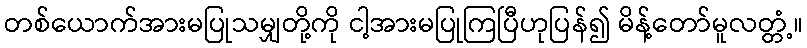
တစ်ယောက်အားမပြုသမျှတို့ကို ငါ့အားမပြုကြပြီဟုပြန်၍ မိန့်တော်မူလတ္တံ့။